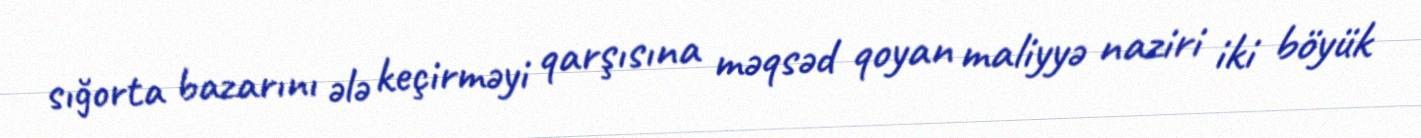
sığorta bazarını ələ keçirməyi qarşısına məqsəd qoyan maliyyə naziri iki böyük